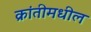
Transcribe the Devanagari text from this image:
क्रांतीमधील